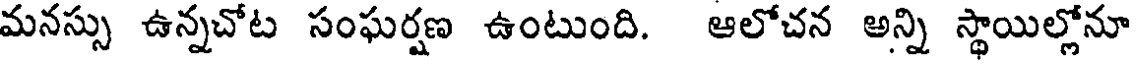
మనస్సు ఉన్నచోట సంఘర్షణ ఉంటుంది. ఆలోచన అన్ని స్థాయిల్లోనూ